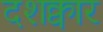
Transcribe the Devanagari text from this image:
दशक्वार